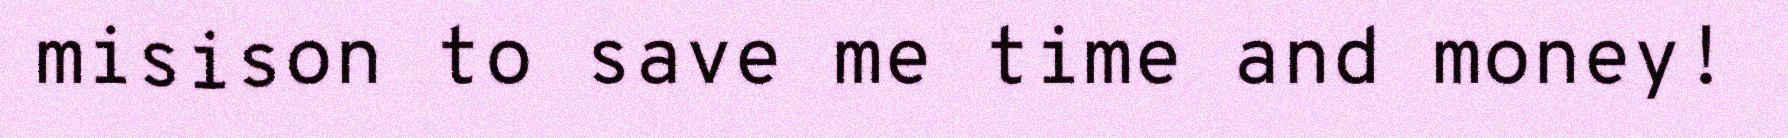
misison to save me time and money!